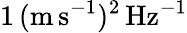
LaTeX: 1\, \mathrm{(m\, s^{-1})^{2}\, Hz^{-1}}